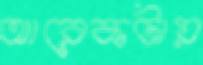
আরেকটায়